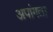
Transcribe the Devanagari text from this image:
अपांगता